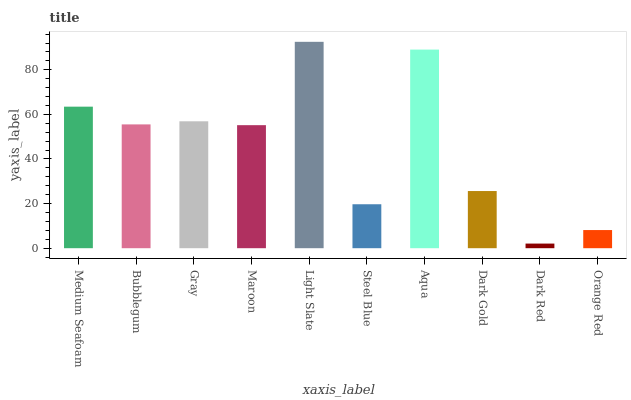
| xaxis_label | bars |
 | --- | --- |
 | Medium Seafoam | 63.5 |
 | Bubblegum | 55.5 |
 | Gray | 56.9 |
 | Maroon | 55.2 |
 | Light Slate | 92.5 |
 | Steel Blue | 19.7 |
 | Aqua | 89.1 |
 | Dark Gold | 25.6 |
 | Dark Red | 2.08 |
 | Orange Red | 8.14 |